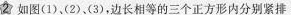
2如图(1)、(2)、(3)，边长相等的三个正方形内分别紧排